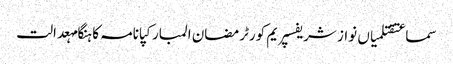
سماعتقتلمیاں نواز شریفسپریم کورٹرمضان المبارکپانامہ کا ہنگامہعدالت